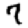
Digit: 7